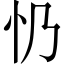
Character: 𢖱